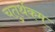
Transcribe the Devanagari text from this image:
चतुर्थकम